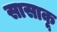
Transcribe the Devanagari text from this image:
सासाकू